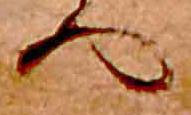
へ